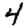
Digit: 4